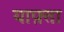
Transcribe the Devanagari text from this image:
याफ़्ता